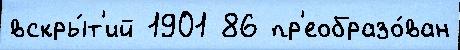
вскры́т'ий 1901 86 пр'еобразо́ван